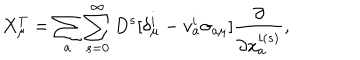
X _ { \mu } ^ { T } = \sum _ { a } \sum _ { s = 0 } ^ { \infty } D ^ { s } [ \delta _ { \mu } ^ { i } - v _ { a } ^ { i } \sigma _ { a \mu } ] \frac { \partial } { \partial x _ { a } ^ { i ( s ) } } ,